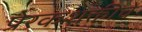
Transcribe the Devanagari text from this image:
प्रेरकशक्तीचे